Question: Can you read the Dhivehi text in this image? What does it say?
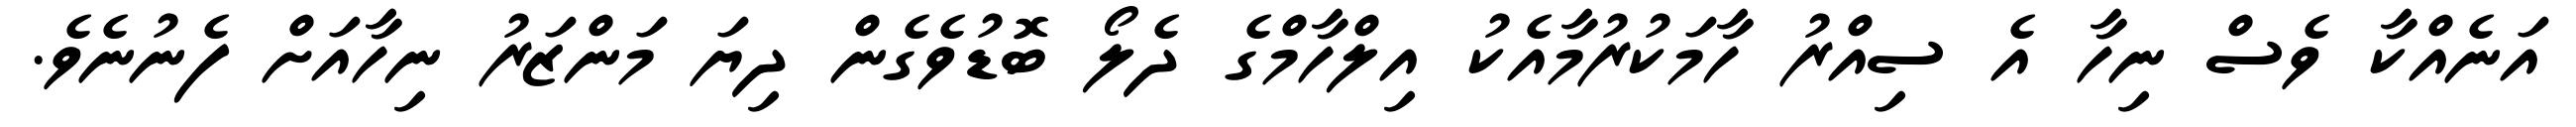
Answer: އަނެއްކާ ވެސް ނިހާ އެ ސިއްރު ހާމަކުރުމާއެކު އިލްހާމްގެ ދެލޯ ބޮޑުވެގެން ދިޔަ މަންޒަރު ނިހާއަށް ފެނުނެވެ.